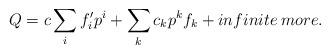
LaTeX: \begin{align*}Q=c\sum_{i} f_{i}' p^{i} + \sum_{k} c_{k} p^{k} f_{k} +infinite \: more.\end{align*}